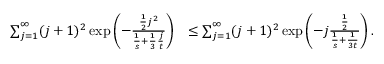
\begin{array} { r l } { \sum _ { j = 1 } ^ { \infty } ( j + 1 ) ^ { 2 } \exp \left( - \frac { \frac { 1 } { 2 } j ^ { 2 } } { \frac { 1 } { s } + \frac { 1 } { 3 } \frac { j } { t } } \right) } & { \leq \sum _ { j = 1 } ^ { \infty } ( j + 1 ) ^ { 2 } \exp \left( - j \frac { \frac { 1 } { 2 } } { \frac { 1 } { s } + \frac { 1 } { 3 t } } \right) . } \end{array}